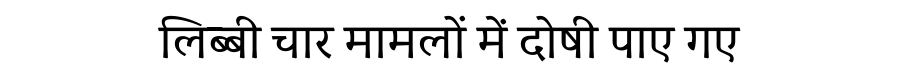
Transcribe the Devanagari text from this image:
लिब्बी चार मामलों में दोषी पाए गए